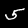
Digit: 5